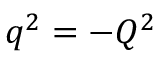
q ^ { 2 } = - Q ^ { 2 }